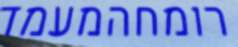
רומחהמעמד